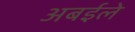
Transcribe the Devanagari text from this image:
अबईले